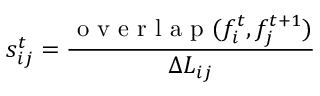
s _ { i j } ^ { t } = \frac { \mathrm { ~ o ~ v ~ e ~ r ~ l ~ a ~ p ~ } ( f _ { i } ^ { t } , f _ { j } ^ { t + 1 } ) } { \Delta L _ { i j } }